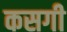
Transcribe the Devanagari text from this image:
कसगी